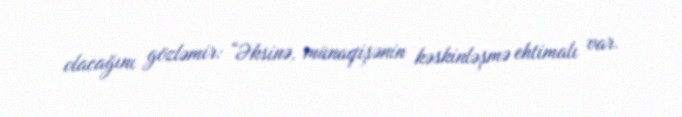
olacağını gözləmir: “Əksinə, münaqişənin kəskinləşmə ehtimalı var.